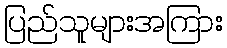
ပြည်သူများအကြား